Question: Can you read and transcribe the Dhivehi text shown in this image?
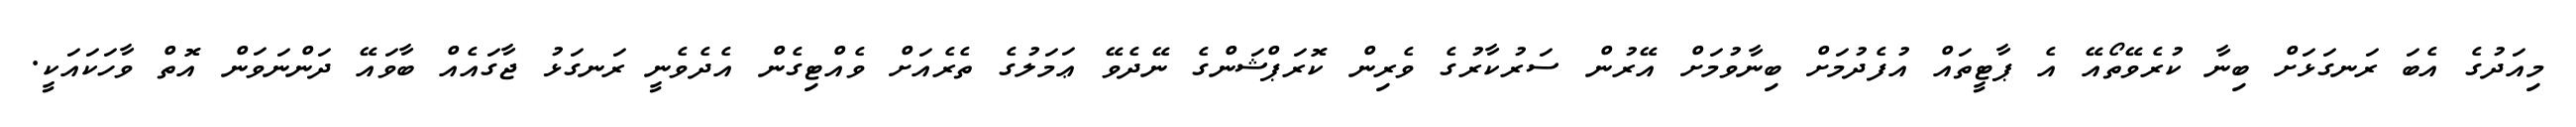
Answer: މިއަދުގެ އެބަ ރަނގަޅަށް ބިނާ ކުރެވޭތޯއޭ އެ ޕާޓީތައް އުފެދުމަށް ބިނާވުމަށް އޭރުން ސަރުކާރުގެ ވެރިން ކޮރަޕްޝަންގެ ނޭދެވޭ ޢަމަލުގެ ތެރެއަށް ވެއްޓިގެން އެދެވެނީ ރަނގަޅު ޖާގައެއް ބާވައޭ ދަންނަވަން އޮތް ވާހަކައަކީ.